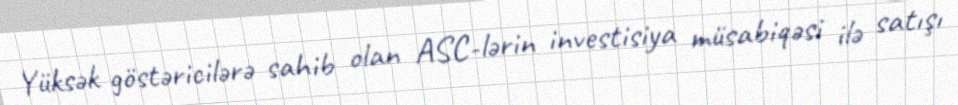
Yüksək göstəricilərə sahib olan ASC-lərin investisiya müsabiqəsi ilə satışı